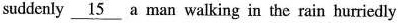
suddenly \underline_{15} a man walking in the rain hurriedly